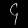
Digit: ၄